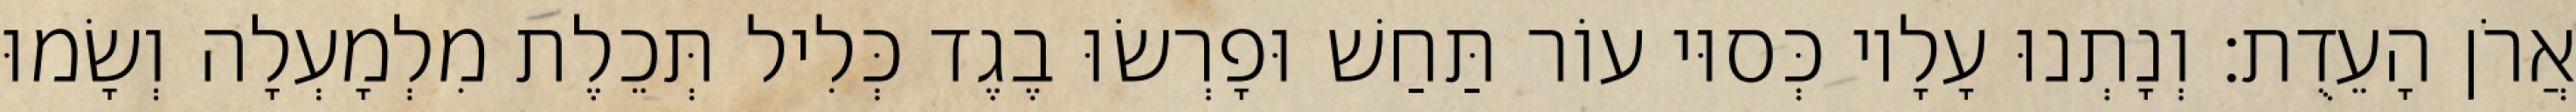
אֲרֹן הָעֵדֻת׃ וְנָתְנוּ עָלָיו כְּסוּי עוֹר תַּחַשׁ וּפָרְשׂוּ בֶגֶד כְּלִיל תְּכֵלֶת מִלְמָעְלָה וְשָׂמוּ